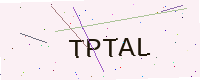
Text: TPTAL